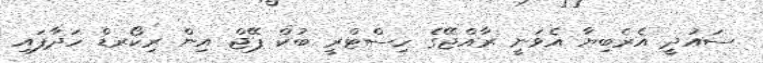
ސައުދީ އެރެބިޔާ އެވަނީ ރާއްޖޭގެ ހިސްޓްރީ ބުކް ޕޭޖް އިން ރިކޯރޑް ހަދާފައި